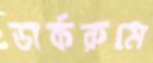
ডার্করুমে